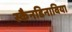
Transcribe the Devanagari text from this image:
स्कैनडिनाविया